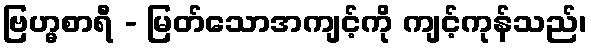
ဗြဟ္မစာရီ - မြတ်သောအကျင့်ကို ကျင့်ကုန်သည်၊